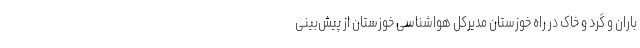
باران و گرد و خاک در راه خوزستان مدیرکل هواشناسی خوزستان از پیش‌بینی